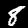
Label: 8